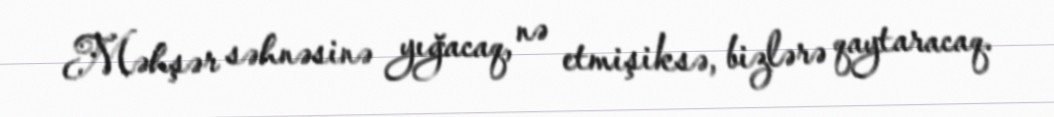
Məhşər səhnəsinə yığacaq, nə etmişiksə, bizlərə qaytaracaq.